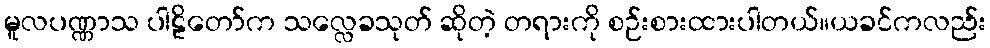
မူလပဏ္ဏာသ ပါဠိတော်က သလ္လေခသုတ် ဆိုတဲ့ တရားကို စဉ်းစားထားပါတယ်။ယခင်ကလည်း